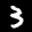
Label: 3